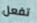
تفعل